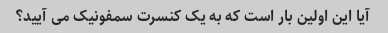
آیا این اولین بار است که به یک کنسرت سمفونیک می آیید؟